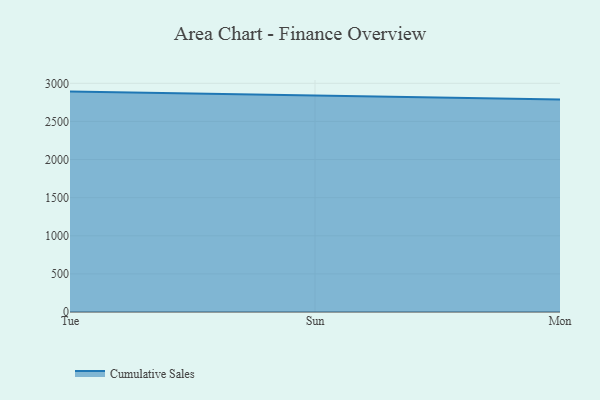
{"axis": {"x": "Day", "y": "Production Output"}, "legend": ["Cumulative Sales"], "data": [{"x": "Tue", "y": 2891.3, "type": "Cumulative Sales"}, {"x": "Sun", "y": 2841.2, "type": "Cumulative Sales"}, {"x": "Mon", "y": 2787.1, "type": "Cumulative Sales"}]}